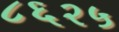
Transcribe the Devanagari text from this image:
८६२५